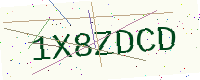
Text: 1X8ZDCD